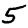
Digit: 5